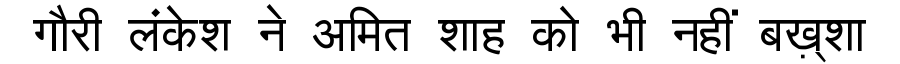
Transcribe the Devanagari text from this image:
गौरी लंकेश ने अमित शाह को भी नहीं बख़्शा